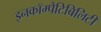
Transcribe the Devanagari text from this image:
इनकॉम्पैटिबिलिटी